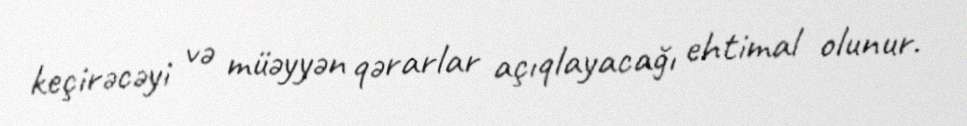
keçirəcəyi və müəyyən qərarlar açıqlayacağı ehtimal olunur.